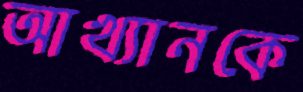
আখ্যানকে